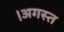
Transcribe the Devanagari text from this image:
।अगस्त